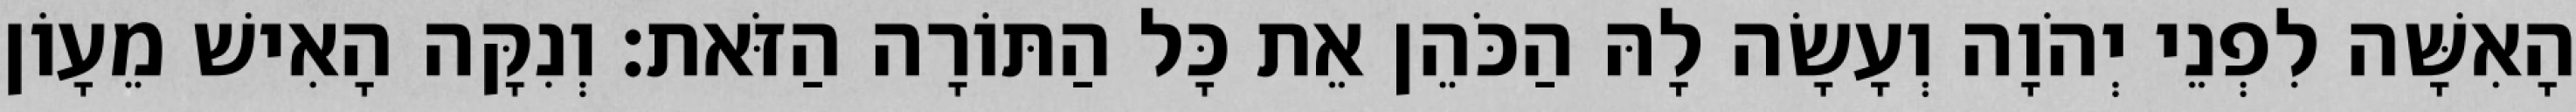
הָאִשָּׁה לִפְנֵי יְהֹוָה וְעָשָׂה לָהּ הַכֹּהֵן אֵת כָּל הַתּוֹרָה הַזֹּאת׃ וְנִקָּה הָאִישׁ מֵעָוֹן